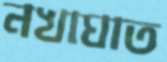
নখাঘাত